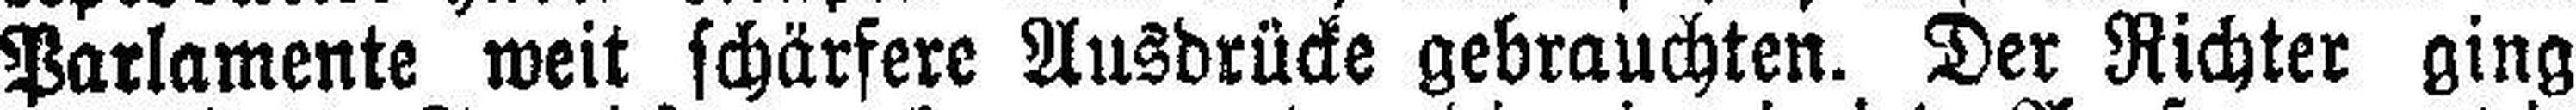
Parlamente weit schärfere Ausdrücke gebrauchten. Der Richter ging